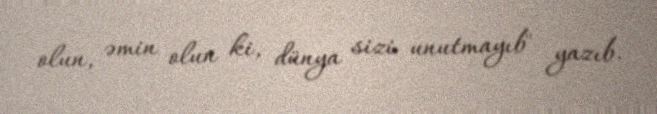
olun, əmin olun ki, dünya sizi unutmayıb" yazıb.